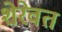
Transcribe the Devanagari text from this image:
शेरेवत